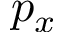
p _ { x }